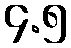
၄.၅